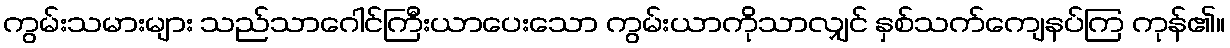
ကွမ်းသမားများ သည်သာဂေါင်ကြီးယာပေးသော ကွမ်းယာကိုသာလျှင် နှစ်သက်ကျေနပ်ကြ ကုန်၏။